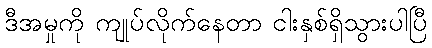
ဒီအမှုကို ကျုပ်လိုက်နေတာ ငါးနှစ်ရှိသွားပါပြီ